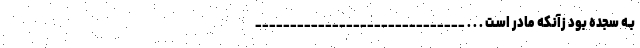
بـه سجده بود زآنکه مادر اسـت . . . ______________________________